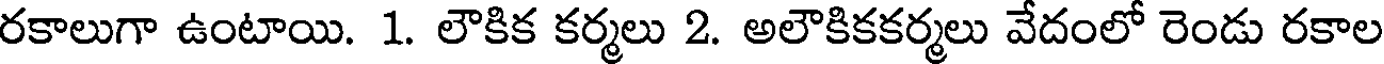
రకాలుగా ఉంటాయి. 1. లౌకిక కర్మలు 2. అలౌకికకర్మలు వేదంలో రెండు రకాల